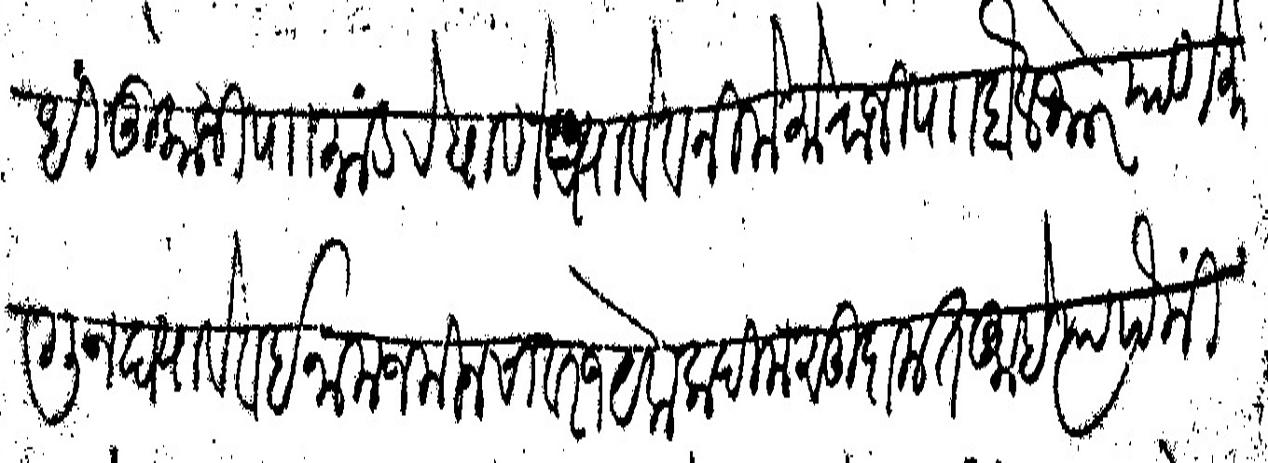
Transliteration (Devanagari): आधीं तुकोजी पाा मांडरे याणे घ्यावे व निमे मोराजी पाा बैलभोर याणे मागून घ्यावे व इनाम जमीन चावर १ येक कदीम सुदामत आहे त्यापैकीं